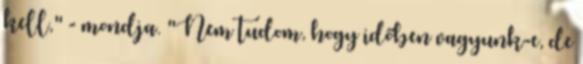
kell," - mondja. "Nem tudom, hogy időben vagyunk-e, de